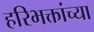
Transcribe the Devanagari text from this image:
हरिभक्तांच्या